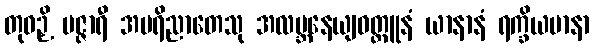
တုဝဉှိ မဇ္ဇာရီ အပရိညာတေသု အလဗ္ဘနေယျဝတ္ထူနံ ယာနာနံ ရက္ခိယမာနာ